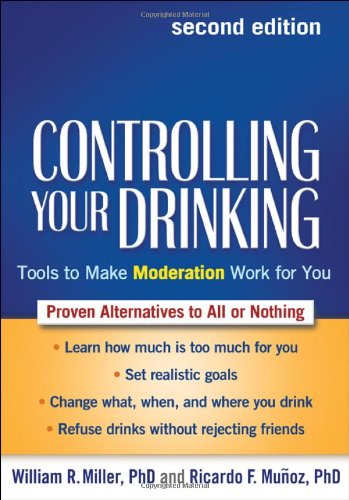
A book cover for Controlling Your Drinking, Second Edition: Tools to Make Moderation Work for You; William R. Miller Phd; Christian Books & Bibles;